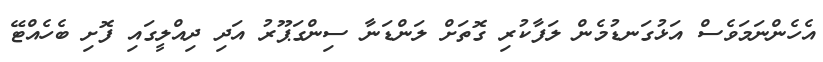
އެހެންނަމަވެސް އަޅުގަނޑުމެން ލަފާކުރި ގޮތަށް ލަންޑަނާ ސިންގަޕޫރު އަދި ދިއްލީގައި ފޮށި ބެހެއްޓޭ